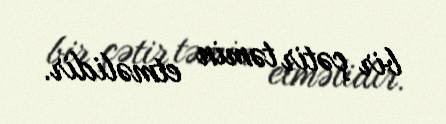
bir çətir təmin etməlidir.